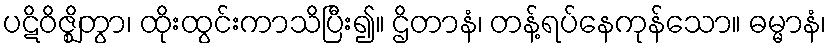
ပဋိဝိဇ္ဈိတွာ၊ ထိုးထွင်းကာသိပြီး၍။ ဌိတာနံ၊ တန့်ရပ်နေကုန်သော။ ဓမ္မာနံ၊